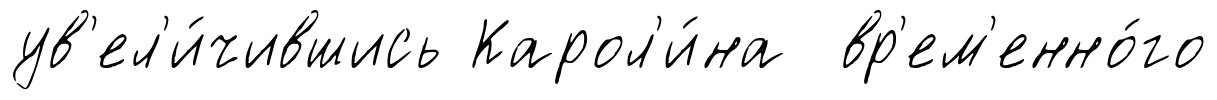
ув'ел'и́чившись Карол'и́на вр'ем'енно́го